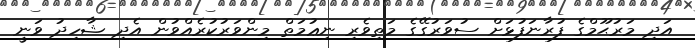
އަދި މަރުޙޫމްގެ ފުރާނަފުޅަށް ސުވަރުގޭގެ މަތިވެރި ނިޢުމަތް މިންވަރުކުރެއްވުން އެދި ޝާހިދު ވަނީ